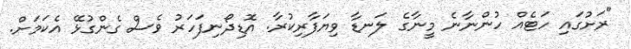
"ރަށުގައި ހަޓެއް ހުންނާނެ މީނާގެ ލަނޑާ ވިޔަފާރިކުރާ. އޮޑިދޯނިފަހަރު ވެސް ގެންގުޅޭ އެކަމަށް.